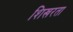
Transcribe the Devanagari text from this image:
शिखरता